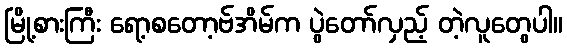
မြို့စားကြီး ရော့စတော့ဗ်အိမ်က ပွဲတော်လှည့် တဲ့လူတွေပါ။